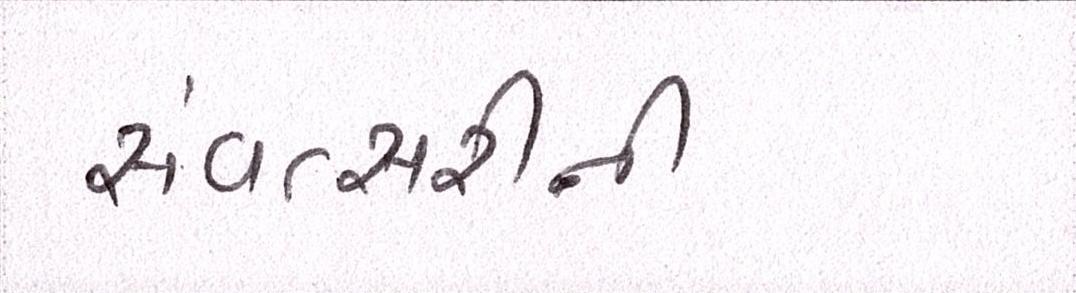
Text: સંવત્સરીની